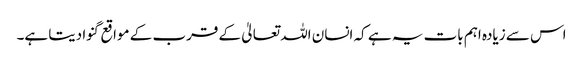
اس سے زیادہ اہم بات یہ ہے کہ انسان اللہ تعالیٰ کے قرب کے مواقع گنوا دیتا ہے۔